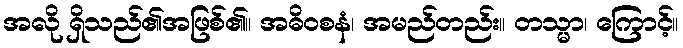
အလို ရှိသည်၏အဖြစ်၏။ အဓိဝစနံ၊ အမည်တည်း။ တသ္မာ၊ ကြောင့်။